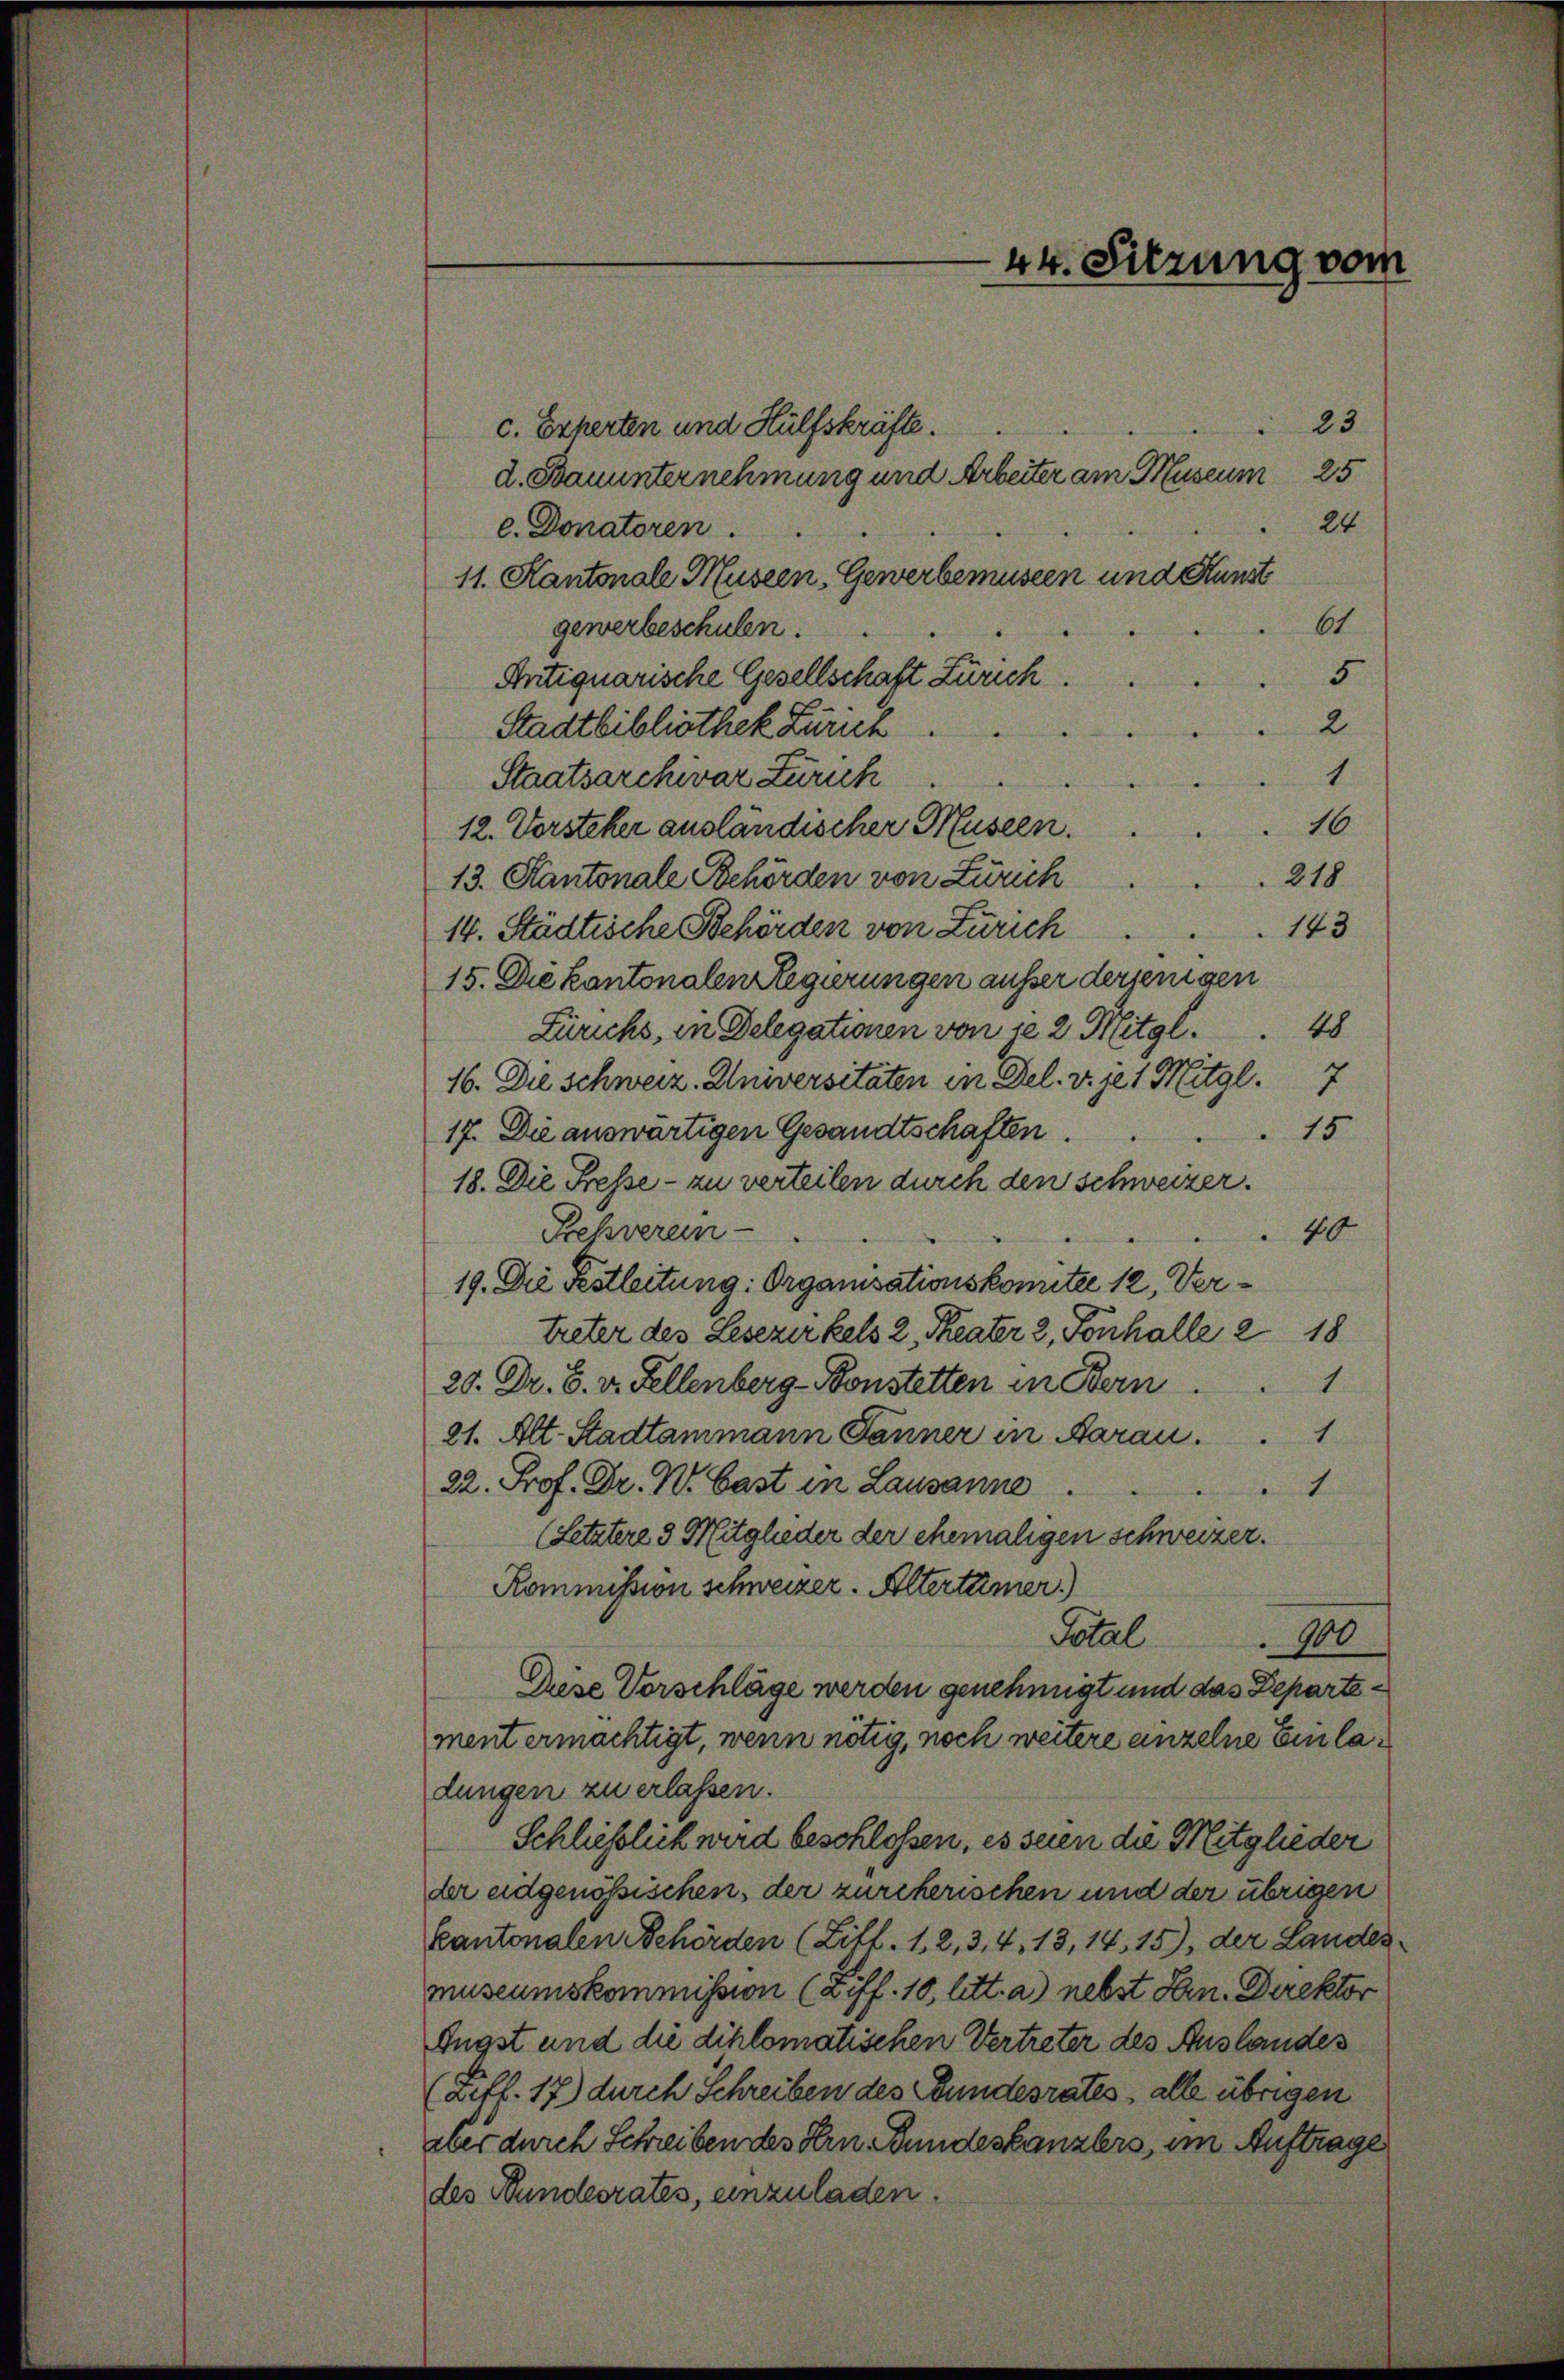
23
c. Experten und Hülfskräfte.
d. Bauunternehmung und Arbeiter am Museum 25
24
c. Donatoren.
11. Kantonale Museen, Gewerbemuseen und Kunst
61.
.
gewerbeschulen.
in re
Antiquarische Gesellschaft Zürich . . 5
Stadtbibliothek Zürich 2
1
Staatsarchivar Zürich

12. Vorsteker ausländischer Museen . . 16
13. Kantonale Behörden von Zürich                218
14. Städtische Behörden von Zürich         143
15. Die kantonalen Regierungen ausser derjenigen
Zürichs, in Delegationen von je 2 Mitgl.48
16. Die schweiz. Universitäten in Del. v. je 1 Mitgl
15
17. Die auswärtigen Gesandtschaften.
18. Die Fresse - zu verteilen durch den Schweizer.
Pesverein-
40
19. Die Festleitung: Organisationskomitee 12. Vertreter des Lesezirkels 2. Theater 2, Tonhalle 2 18
20. Dr. B. v. Fellenberg-Bonstetten in Bern
21. Alt. Stadtammann Jänner in Aarau
22. Prof. Dr. W. Gast in Lausanne
(Letztere 3 Mitglieder der ehemaligen schweizer.
Kommission schweizer. Altertümer.)
Total
900
Crise Vorschläge werden genehmigt und das Departement ermächtigt, wenn nötig, noch weitere einzelne Einladungen zu erlassen.
Schließlick wird beschlossen, es seien die Mitglieder
der eidgenössischen, der zürcherischen und der übrigen
kantonalen Behörden (Ziff. 1, 2, 3, 4, 13, 14 15), der Landes.
museumskommission (Ziff. 10, litt. a) nebst San. Direktor
Engst und die diplomatischen Vertreter des Auslandes
(afl. 17) durch Schreiben des Bundesrates, alle übrigen
aber durch Schreiben des Hrn. Bundeskanzlers, im Auftrage
des Bundesrates, einzuladen.

44. Sitzung vom